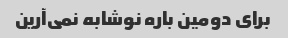
برای دومین باره نوشابه نمی‌آرین